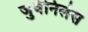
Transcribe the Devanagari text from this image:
जुवेनिलेस